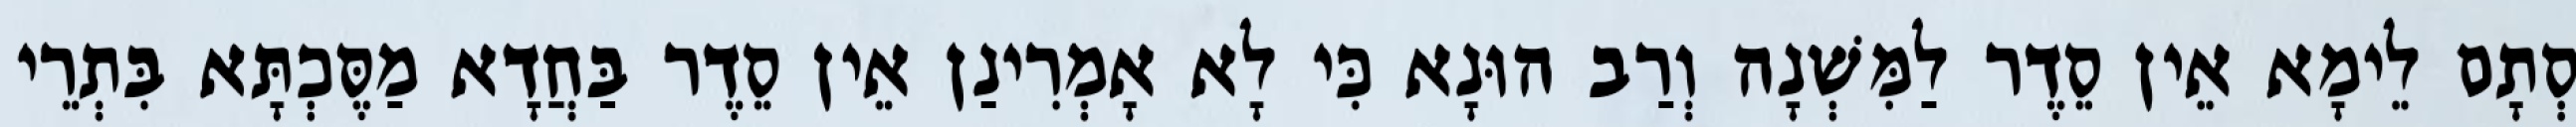
סְתָם לֵימָא אֵין סֵדֶר לַמִּשְׁנָה וְרַב הוּנָא כִּי לָא אָמְרִינַן אֵין סֵדֶר בַּחֲדָא מַסֶּכְתָּא בִּתְרֵי